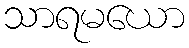
သာရမယော